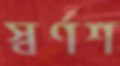
স্বর্ণশ